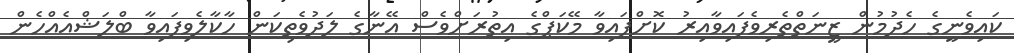
ކައިވެނީގެ ހެދުމުން ޒީނަތްތެރިވެފައިވާއިރު ކޮށްފައިވާ މޭކަޕްގެ އިތުރަށްވެސް އޭނާގެ ލަދުވެތިކަން ހާކާލެވިފައިވާ ބްލަޝްއެއްހެން